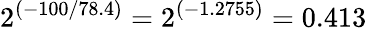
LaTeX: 2^{(-100/78.4)}=2^{(-1.2755)}=0.413